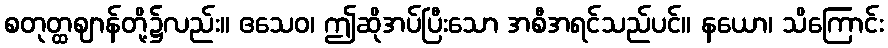
စတုတ္ထဈာန်တို့၌လည်း။ ဧသေဝ၊ ဤဆိုအပ်ပြီးသော အစီအရင်သည်ပင်။ နယော၊ သိကြောင်း